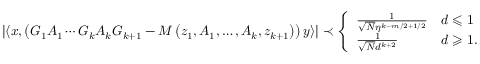
\begin{array} { r } { \left| \left\langle \boldsymbol { x } , \left( G _ { 1 } A _ { 1 } \cdots G _ { k } A _ { k } G _ { k + 1 } - M \left( z _ { 1 } , A _ { 1 } , \ldots , A _ { k } , z _ { k + 1 } \right) \right) \boldsymbol { y } \right\rangle \right| \prec \left\{ \begin{array} { l l } { \frac { 1 } { \sqrt { N } \eta ^ { k - m / 2 + 1 / 2 } } } & { d \leqslant 1 } \\ { \frac { 1 } { \sqrt { N } d ^ { k + 2 } } } & { d \geqslant 1 . } \end{array} \right. } \end{array}